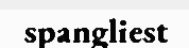
spangliest